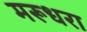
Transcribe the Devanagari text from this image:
मरूधरा